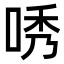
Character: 唀